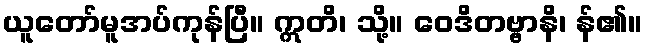
ယူတော်မူအပ်ကုန်ပြီ။ ဣတိ၊ သို့။ ဝေဒိတဗ္ဗာနိ၊ န်၏။